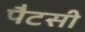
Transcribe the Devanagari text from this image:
पैटसी